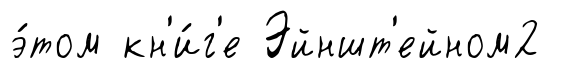
э́том кн'и́г'е Эйншт'ейном2